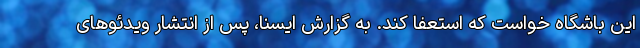
این باشگاه خواست که استعفا کند. به گزارش ایسنا، پس از انتشار ویدئوهای